Annual report of the Punjab Veterinary College and of the Civil Veterinary Department, Punjab - 1894-1908
Year: 1894
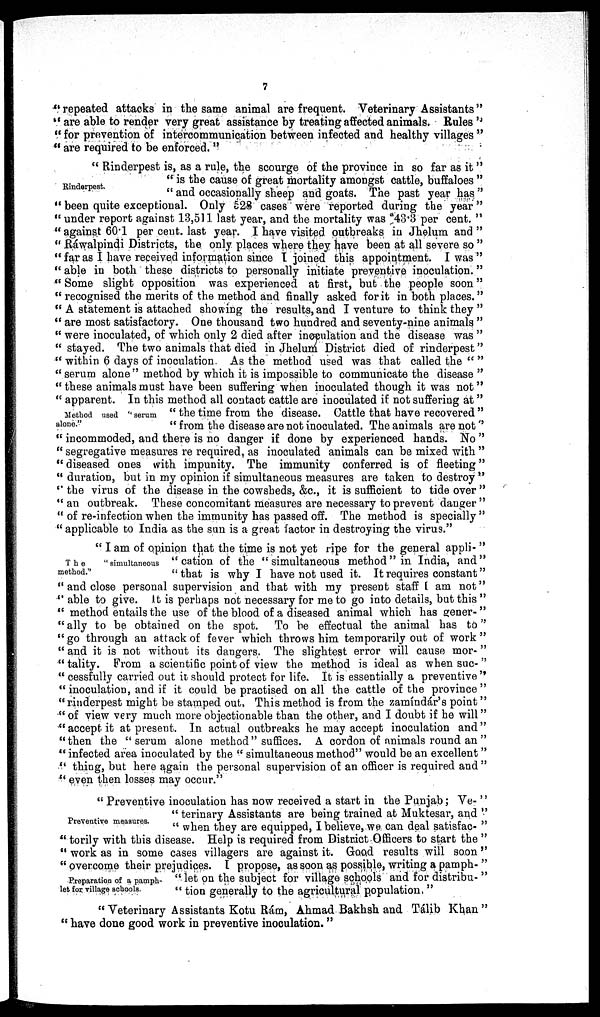
7
"repeated attacks in the same animal are frequent. Veterinary Assistants"
"are able to render very great assistance by treating affected animals. Rules"
"for prevention of intercommunication between infected and healthy villages"
"are required to be enforced."
Rinderpest.
"Rinderpest is, as a rule, the scourge of the province in so far as it
"is the cause of great mortality amongst cattle, buffaloes
"and occasionally sheep and goats. The past year has
"been quite exceptional. Only 528 cases were reported during the year
" under report against 13,511 last year, and the mortality was 43.3 per cent.
"against 60.1 per cent. last year. I have visited outbreaks in Jhelum and
"Ráwalpindi Districts, the only places where they have been at all severe so
"far as I have received information since I joined this appointment. I was
''able in both these districts to personally initiate preventive inoculation.
"Some slight opposition was experienced at first, but the people soon
"recognised the merits of the method and finally asked for it in both places.
"A statement is attached showing the results, and I venture to think they
"are most satisfactory. One thousand two hundred and seventy-nine animals
"were inoculated, of which only 2 died after inoculation and the disease was
"stayed. The two animals that died in Jhelum District died of rinderpest
"within 6 days of inoculation As the method used was that called the"
"serum alone" method by which it is impossible to communicate the disease
"these animals must have been suffering when inoculated though it was not
Method used ''serum
alone."
" apparent. In this method all contact cattle are inoculated if not suffering at"
"the time from the disease. Cattle that have recovered"
"from the disease are not inoculated. The animals are not''
"incommoded, and there is no danger if done by experienced hands. No"
"segregative measures re required, as inoculated animals can be mixed with"
"diseased ones with impunity. The immunity conferred is of fleeting"
"duration, but in my opinion if simultaneous measures are taken to destroy "
"the virus of the disease in the cowsheds, &c., it is sufficient to tide over"
"an outbreak. These concomitant measures are necessary to prevent danger"
"of re-infection when the immunity has passed off. The method is specially"
"applicable to India as the sun is a great factor in destroying the virus."
The
"simultaneous
method.''
"I am of opinion that the time is not yet ripe for the general appli-"
"cation of the "simultaneous method" in India, and"
"that is why I have not used it. It requires constant"
"and close personal supervision and that with my present staff I am not"
"able to give. It is perhaps not necessary for me to go into details, but this"
"method entails the use of the blood of a diseased animal which has gener-"
"ally to be obtained on the spot. To be effectual the animal has to"
"go through an attack of fever which throws him temporarily out of work"
"and it is not without its dangers. The slightest error will cause mor-"
"tality. From a scientific point of view the method is ideal as when suc-"
"cessfully carried out it should protect for life. It is essentially a preventive"
"inoculation, and if it could be practised on all the cattle of the province"
"rinderpest might be stamped out, This method is from the zamíndár's point"
"of view very much more objectionable than the other, and I doubt if he will"
"accept it at present. In actual outbreaks he may accept inoculation and"
"then the "serum alone method" suffices. A cordon of animals round an"
"infected area inoculated by the "simultaneous method" would be an excellent"
"thing, but here again the personal supervision of an officer is required and"
"even then losses may occur."
Preventive measures.
"Preventive inoculation has now received a start in the Punjab; Ve-"
"terinary Assistants are being trained at Muktesar, and"
"when they are equipped, I believe, we can deal satisfac-"
"torily with this disease. Help is required from District Officers to start the"
"work as in some cases villagers are against it. Good results will soon"
"overcome their prejudices. I propose, as soon as possible, writing a pamph-"
"let on the subject for village schools and for distribu-"
"tion generally to the agricultural population,"
Preparation of a pamph-
let for village schools.
"Veterinary Assistants Kotu Rám, Ahmad Bakhsh and Tálib Khan"
"have done good work in preventive inoculation."